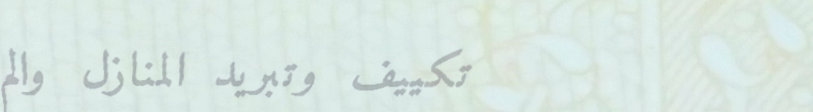
تكييف وتبريد المنازل والم